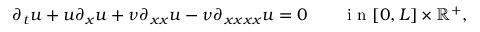
\partial _ { t } u + u \partial _ { x } u + \nu \partial _ { x x } u - \nu \partial _ { x x x x } u = 0 \qquad \mathrm { ~ i ~ n ~ } [ 0 , L ] \times \mathbb { R } ^ { + } ,